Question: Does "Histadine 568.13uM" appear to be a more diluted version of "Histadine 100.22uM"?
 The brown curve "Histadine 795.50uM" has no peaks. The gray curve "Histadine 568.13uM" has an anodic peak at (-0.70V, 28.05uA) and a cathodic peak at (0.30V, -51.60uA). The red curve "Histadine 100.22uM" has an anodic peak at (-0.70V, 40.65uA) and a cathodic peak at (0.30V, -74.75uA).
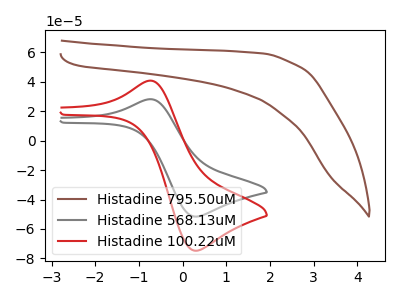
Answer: <think>All the peaks in "Histadine 568.13uM" have a peak in "Histadine 100.22uM" at the same potential. Every peak in "Histadine 568.13uM" is lower than every peak in "Histadine 100.22uM".
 </think>
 <answer>"Histadine 568.13uM" has less signal than "Histadine 100.22uM" and so likely has a lower concentration.</answer>
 <eval>less_concentration</eval>